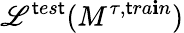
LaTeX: \mathscr{L}^{\mathsf{t}es\mathsf{t}}(M^{\tau,\mathsf{t}ra\mathbf{i}n})